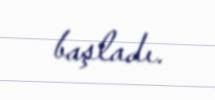
başladı.